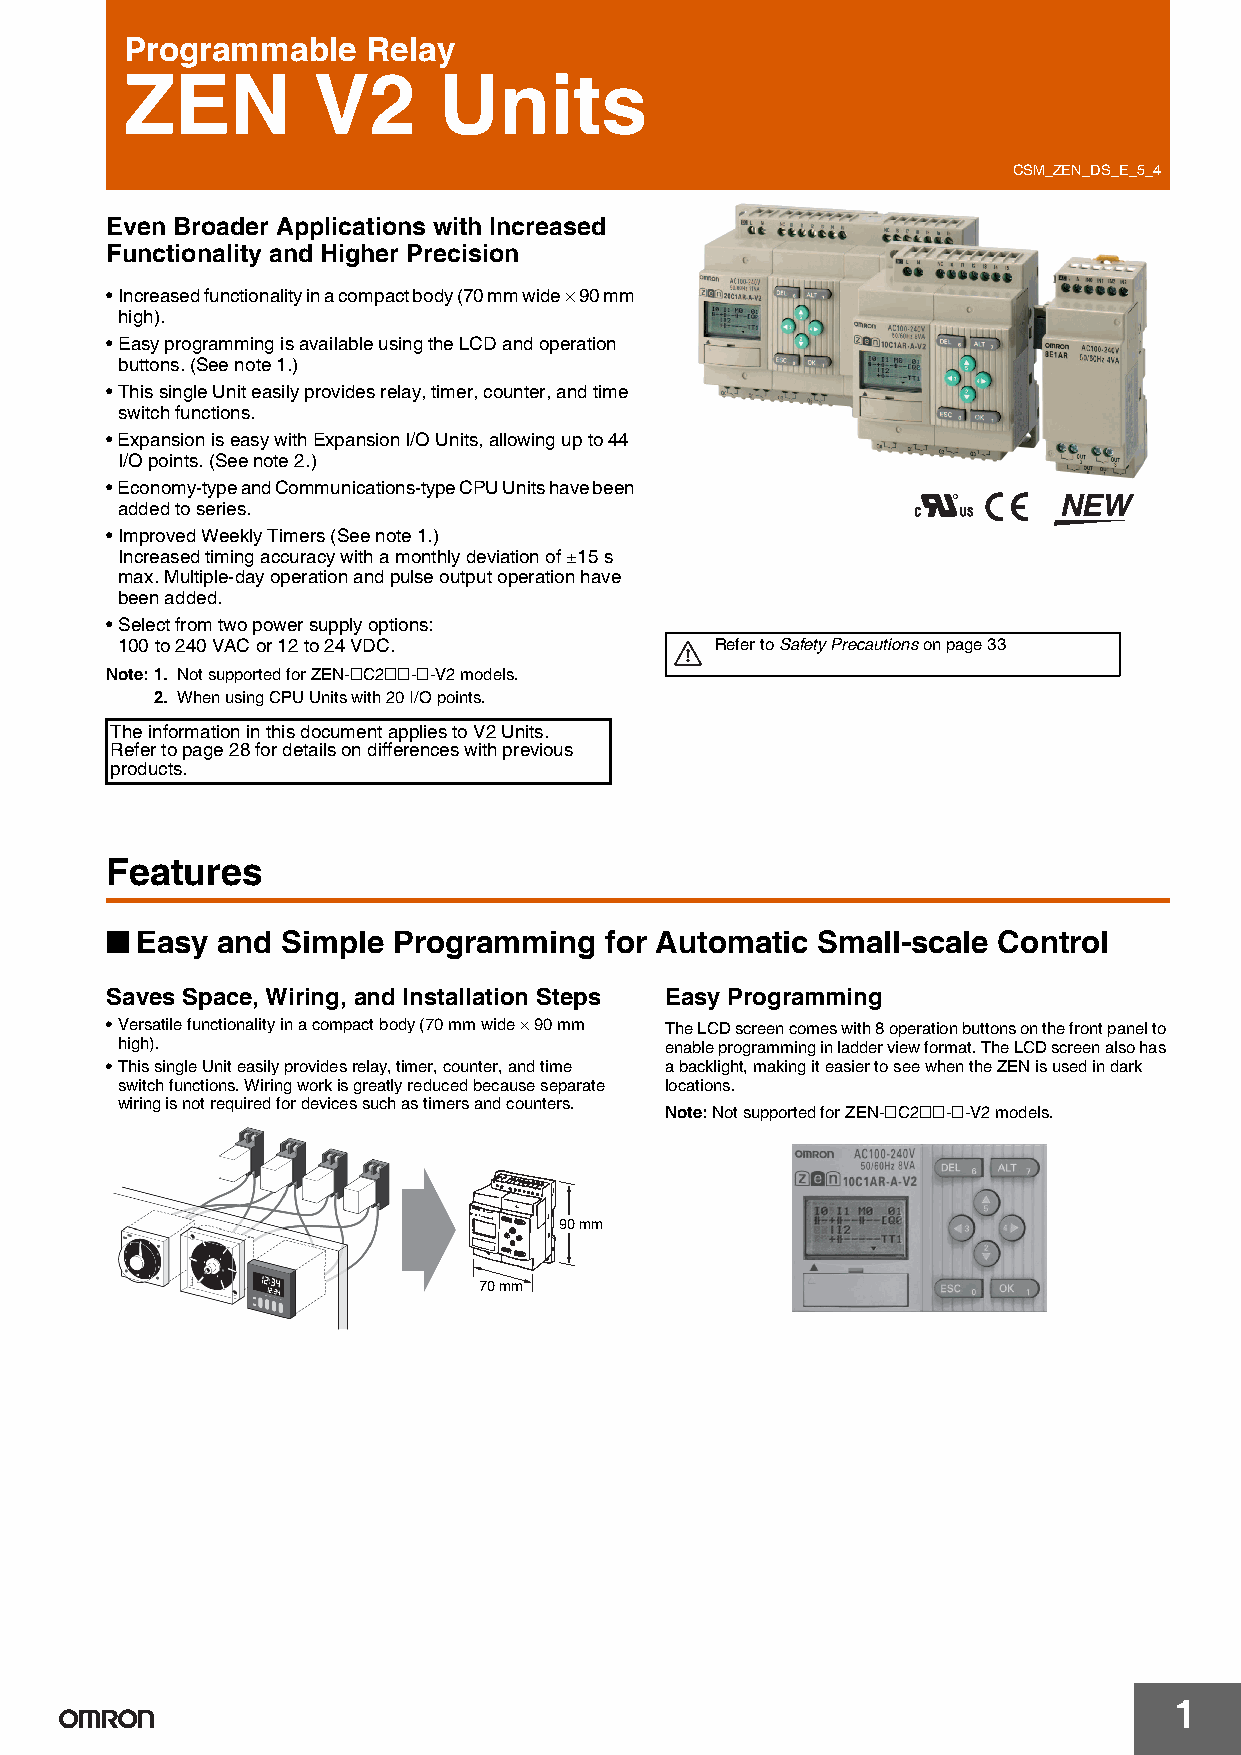
Programmable    Relay
 ZEN          V2      Units
 CSM_ZEN_DS_E_5_4
 Even Broader Applications with Increased
 Functionality and Higher Precision
 •Increased functionality in a compact body (70 mm wide × 90 mm
 high).
 •Easy programming is available using the LCD and operation
 buttons. (See note 1.)
 •This single Unit easily provides relay, timer, counter, and time
 switch functions.
 •Expansion is easy with Expansion I/O Units, allowing up to 44
 I/O points. (See note 2.)
 •Economy-type and Communications-type CPU Units have been
 added to series.
 •Improved Weekly Timers (See note 1.)
 Increased timing accuracy with a monthly deviation of ±15s
 max. Multiple-day operation and pulse output operation have
 been added.
 •Select from two power supply options:
 100 to 240 VAC or 12 to 24 VDC.        Refer to Safety Precautions on page 33
 Note:1. Not supported for ZEN-@C2@@-@-V2 models.
 2. When using CPU Units with 20 I/O points.
 The information in this document applies to V2 Units.
 Refer to page28 for details on differences with previous
 products.
 Features
 ■
 Easy and  Simple Programming   for Automatic Small-scale Control
 Saves Space, Wiring, and Installation Steps Easy Programming
 •Versatile functionality in a compact body (70 mm wide × 90 mm The LCD screen comes with 8 operation buttons on the front panel to
 high).                              enable programming in ladder view format. The LCD screen also has
 •This single Unit easily provides relay, timer, counter, and time a backlight, making it easier to see when the ZEN is used in dark
 switch functions. Wiring work is greatly reduced because separate locations.
 wiring is not required for devices such as timers and counters.
 Note:Not supported for ZEN-@C2@@-@-V2 models.
 90 mm
 70 mm
 1